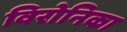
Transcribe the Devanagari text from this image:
विरोनिका